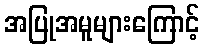
အပြုအမူများကြောင့်